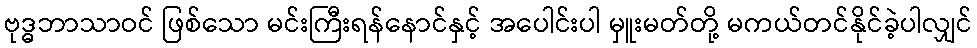
ဗုဒ္ဓဘာသာဝင် ဖြစ်သော မင်းကြီးရန်နောင်နှင့် အပေါင်းပါ မှူးမတ်တို့ မကယ်တင်နိုင်ခဲ့ပါလျှင်